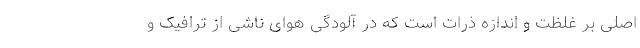
اصلی بر غلظت و اندازه ذرات است که در آلودگی هوای ناشی از ترافیک و